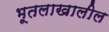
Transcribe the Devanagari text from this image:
भूतलाखालील